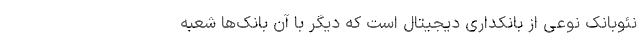
نئوبانک نوعی از بانکداری دیجیتال است که دیگر با آن‌ بانک‌ها شعبه